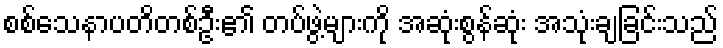
စစ်သေနာပတိတစ်ဦး၏ တပ်ဖွဲ့များကို အဆုံးစွန်ဆုံး အသုံးချခြင်းသည်